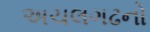
અચલગઢનો